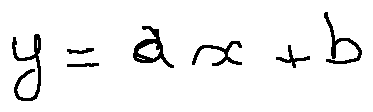
y = a x + b